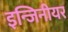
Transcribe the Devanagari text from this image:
इन्जिनीयर